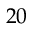
2 0